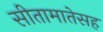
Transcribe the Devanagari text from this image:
सीतामातेसह